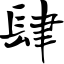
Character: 肆